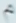
^{\circ}